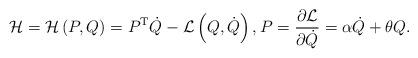
LaTeX: \begin{align*}\mathcal{H}=\mathcal{H}\left( P,Q\right) =P^{\mathrm{T}}\dot{Q}-\mathcal{L}\left( Q,\dot{Q}\right) ,P=\frac{\partial\mathcal{L}}{\partial\dot{Q}}=\alpha\dot{Q}+\theta Q. \end{align*}